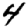
Digit: 4